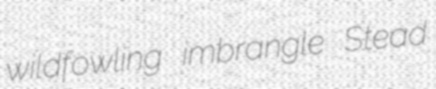
wildfowling imbrangle Stead